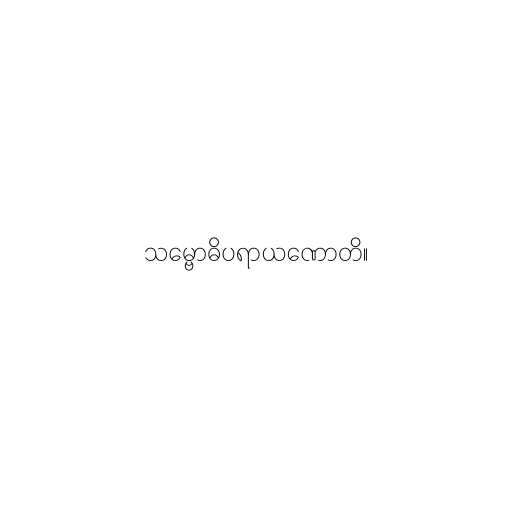
သမ္ဗောဓိပရာယဏောတိ။